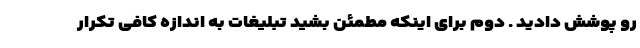
رو پوشش دادید . دوم برای اینکه مطمئن بشید تبلیغات به اندازه کافی تکرار